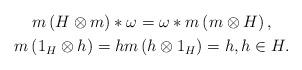
LaTeX: \begin{gather*}m\left( H\otimes m\right) \ast \omega =\omega \ast m\left( m\otimes H\right), \\m\left( 1_{H}\otimes h\right) =hm\left( h\otimes1_{H}\right) =h,h\in H.\end{gather*}